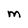
Character: m